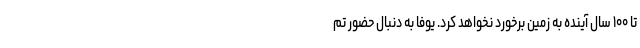
تا ۱۰۰ سال آینده به زمین برخورد نخواهد کرد. یوفا به دنبال حضور تم